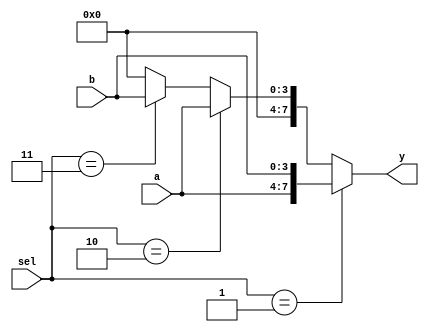
module VectorContinuousAssignment (
    input wire [3:0] a,         // 4-bit input vector a
    input wire [3:0] b,         // 4-bit input vector b
    input wire [3:0] sel,       // 4-bit selection input
    output wire [7:0] y         // 8-bit output vector y
);

// Continuous assignment for the output vector y
assign y = (sel == 4'b0001) ? {a, b} :   // Concatenate a and b if sel is 0001
           (sel == 4'b0010) ? {4'b0000, a} : // Zero-extend a to 8 bits
           (sel == 4'b0011) ? {4'b0000, b} : // Zero-extend b to 8 bits
           8'b00000000;                   // Default case

endmodule